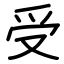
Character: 受